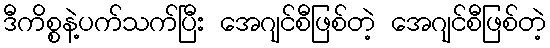
ဒီကိစ္စနဲ့ပက်သက်ပြီး အေဂျင်စီဖြစ်တဲ့ အေဂျင်စီဖြစ်တဲ့